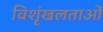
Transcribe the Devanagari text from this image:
विशृंखलताओं